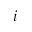
i